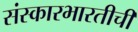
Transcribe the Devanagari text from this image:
संस्कारभारतीची